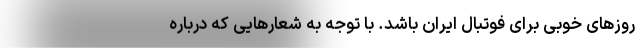
روزهای خوبی برای فوتبال ایران باشد. با توجه به شعارهایی که درباره